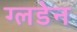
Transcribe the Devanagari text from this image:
ग्लडेन